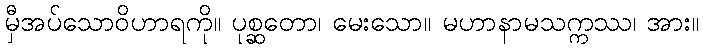
မှီအပ်သောဝိဟာရကို။ ပုစ္ဆတော၊ မေးသော။ မဟာနာမသက္ကဿ၊ အား။